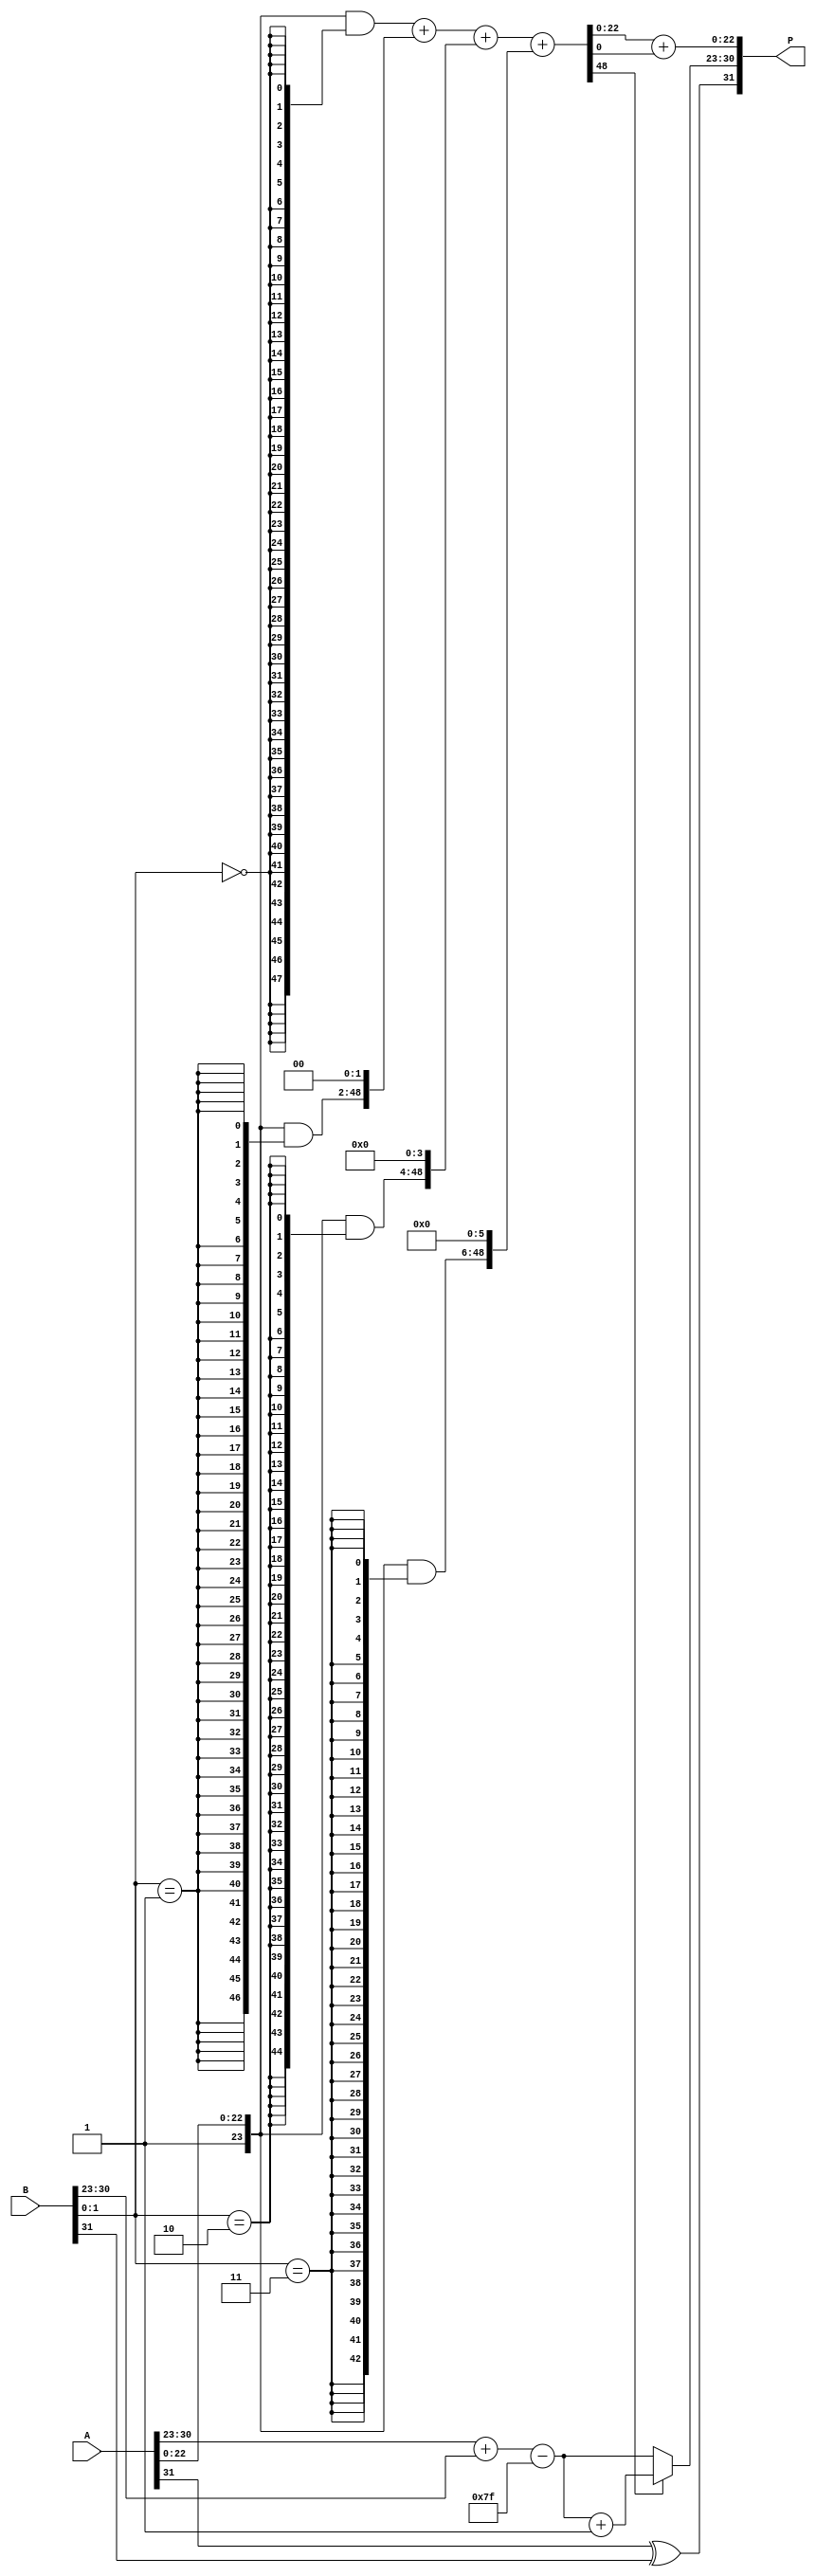
module radix4_fp_multiplier (
    input  [31:0] A,  // First floating-point number
    input  [31:0] B,  // Second floating-point number
    output reg [31:0] P // Product of A and B
);

    // Extract fields from A
    wire S_A = A[31];          // Sign bit of A
    wire [7:0] E_A = A[30:23]; // Exponent of A
    wire [22:0] M_A = A[22:0]; // Significand of A

    // Extract fields from B
    wire S_B = B[31];          // Sign bit of B
    wire [7:0] E_B = B[30:23]; // Exponent of B
    wire [22:0] M_B = B[22:0]; // Significand of B

    // Sign calculation
    wire S_P = S_A ^ S_B; // Sign of the product

    // Exponent calculation (with bias adjustment)
    wire [8:0] E_P_raw = {1'b0, E_A} + {1'b0, E_B} - 8'd127; // Raw exponent (9 bits)
    wire [7:0] E_P = E_P_raw[7:0]; // 8-bit exponent

    // Significand multiplication (Radix-4)
    wire [47:0] M_A_ext = {1'b1, M_A}; // Extend significand of A (1.xxxxx)
    wire [47:0] M_B_ext = {1'b1, M_B}; // Extend significand of B (1.xxxxx)

    // Partial products using Radix-4
    wire [47:0] PP[0:3]; // Partial products
    assign PP[0] = M_A_ext & {48{M_B_ext[1:0] == 2'b00}};
    assign PP[1] = M_A_ext & {48{M_B_ext[1:0] == 2'b01}};
    assign PP[2] = M_A_ext & {48{M_B_ext[1:0] == 2'b10}};
    assign PP[3] = M_A_ext & {48{M_B_ext[1:0] == 2'b11}};

    // Combine partial products
    wire [48:0] M_P_raw = PP[0] + (PP[1] << 2) + (PP[2] << 4) + (PP[3] << 6);

    // Normalization
    reg [47:0] M_P_norm;
    reg [7:0] E_P_norm;
    always @(*) begin
        if (M_P_raw[48]) begin // If overflow
            M_P_norm = M_P_raw[47:0]; // No shift needed
            E_P_norm = E_P + 1; // Increment exponent
        end else begin
            M_P_norm = M_P_raw[46:0]; // Shift right
            E_P_norm = E_P; // No change in exponent
        end
    end

    // Rounding (basic rounding)
    wire round_bit = M_P_raw[0]; // Simple rounding
    wire [22:0] M_P_final = M_P_norm[22:0] + round_bit; // Add rounding bit

    // Output formatting
    always @(*) begin
        P[31] = S_P; // Sign
        P[30:23] = E_P_norm; // Exponent
        P[22:0] = M_P_final; // Significand
    end

endmodule